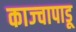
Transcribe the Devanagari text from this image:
काज्चापाडू